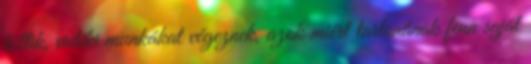
töltik, vidéki munkákat végeznek, azok miért tartanának fenn saját